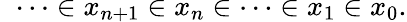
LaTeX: \; \; \cdots\in x_{n+1}\in x_{n}\in\cdots\in x_{1}\in x_{0}.